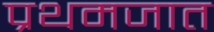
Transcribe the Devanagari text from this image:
प्रथमजात